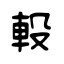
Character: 軗